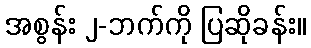
အစွန်း ၂-ဘက်ကို ပြဆိုခန်း။